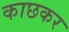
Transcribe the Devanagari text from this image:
काछकर